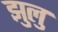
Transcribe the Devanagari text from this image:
झुलु